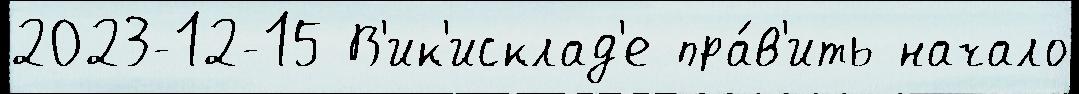
2023-12-15 В'ик'исклад'е пра́в'ить начало